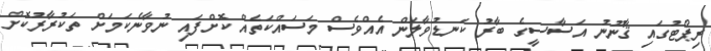
ރިޕޯޓުގައި ޤާނޫނު އަސާސީގެ ބާރު ކަނޑުވާލަން އެއްވެސް މަސައްކަތެއް ކޮށްފައި ނުވާނެކަމަށް ތަކުރާރުކޮށް